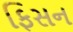
ફિસન